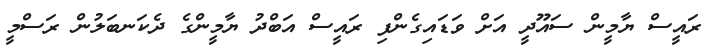
ރައީސް ޔާމީން ސައޫދީ އަށް ވަޑައިގެންފި ރައީސް އަބްދު ޔާމީންގެ ދެކަނބަލުން ރަސްމީ